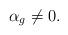
LaTeX: \begin{align*}\alpha_{g} \not= 0.\end{align*}